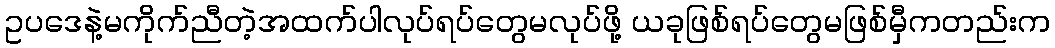
ဥပဒေနဲ့မကိုက်ညီတဲ့အထက်ပါလုပ်ရပ်တွေမလုပ်ဖို့ ယခုဖြစ်ရပ်တွေမဖြစ်မှီကတည်းက